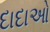
દાદાઓ